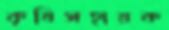
কৃষিসহায়ক